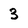
Character: 3